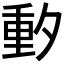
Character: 𬪼